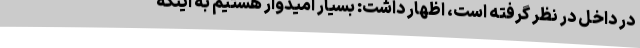
در داخل در نظر گرفته است، اظهار داشت: بسیار امیدوار هستیم به اینکه